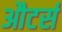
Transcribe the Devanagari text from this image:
औटर्स